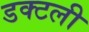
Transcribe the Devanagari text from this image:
डक्टली